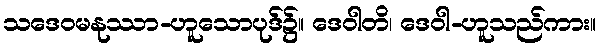
သဒေဝမနုဿာ-ဟူသောပုဒ်၌။ ဒေဝါတိ၊ ဒေဝါ-ဟူသည်ကား။